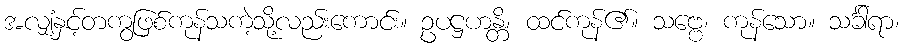
အလျှံနှင့်တကွဖြစ်ကုန်သကဲ့သို့လည်းကောင်း။ ဥပဋ္ဌဟန္တိ၊ ထင်ကုန်၏။ သဗ္ဗေ၊ ကုန်သော။ သင်္ခါရာ၊